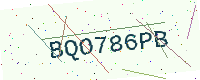
Text: BQO786PB